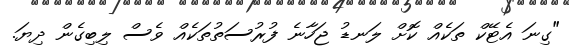
"ގިނަ އެޓޭކް ތަކެއް ކޮށް ލަނޑު ޖަހާނެ ފުރުސަތުތަކެއް ވެސް ލިބިގެން ދިޔަ.